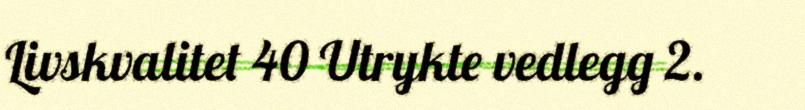
Livskvalitet 40 Utrykte vedlegg 2.